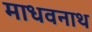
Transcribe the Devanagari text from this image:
माधवनाथ